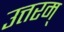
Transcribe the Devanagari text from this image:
उत्तरम्